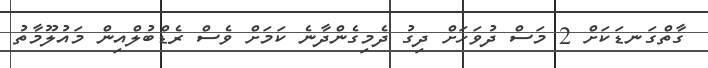
ގާތްގަނޑަކަށް 2 މަސް ދުވަހަށް ދިގު ދެމިގެންދާނެ ކަމަށް ވެސް ރެޑްބުލްއިން މައުލޫމާތު